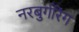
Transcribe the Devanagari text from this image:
नरबुर्गरिंग